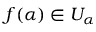
f ( \alpha ) \in U _ { \alpha }